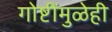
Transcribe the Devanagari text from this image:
गोष्टींमुळेही